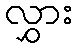
လွှား